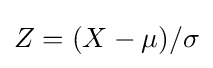
{\textstyle Z=(X-\mu )/\sigma }